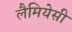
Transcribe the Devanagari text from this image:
लैमियेसी